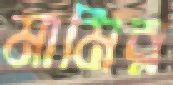
মামির